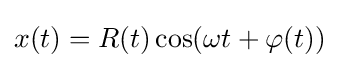
x(t)=R(t)\cos(\omega t+\varphi (t))